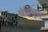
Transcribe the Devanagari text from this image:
चंद्रिका।